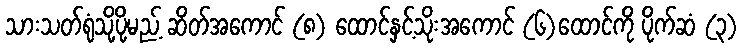
သားသတ်ရုံသို့ပို့မည့် ဆိတ်အကောင် (၈) ထောင်နှင့်သိုးအကောင် (၆)ထောင်ကို ပိုက်ဆံ (၃)